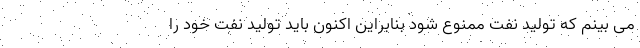
می بینم که تولید نفت ممنوع شود بنابراین اکنون باید تولید نفت خود را